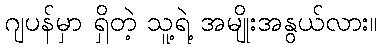
ဂျပန်မှာ ရှိတဲ့ သူ့ရဲ့ အမျိုးအနွယ်လား။